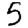
Digit: 5